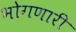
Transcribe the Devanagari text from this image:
भोगणारी